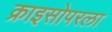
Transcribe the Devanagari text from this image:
क्राइसोपरला